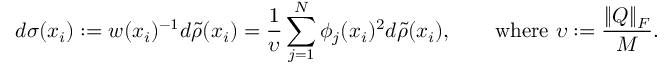
d \sigma ( \boldsymbol { x } _ { i } ) : = w ( \boldsymbol { x } _ { i } ) ^ { - 1 } d \tilde { \rho } ( \boldsymbol { x } _ { i } ) = \frac { 1 } { \upsilon } \sum _ { j = 1 } ^ { N } { \phi _ { j } ( \boldsymbol { x } _ { i } ) ^ { 2 } } d \tilde { \rho } ( \boldsymbol { x } _ { i } ) , \qquad \mathrm { w h e r e ~ } \upsilon : = \frac { \| \boldsymbol { Q } \| _ { F } } { M } .